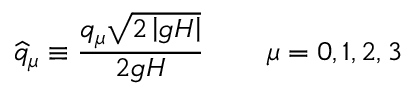
\widehat { q } _ { \mu } \equiv \frac { q _ { \mu } \sqrt { 2 \left| g H \right| } } { 2 g H } \, \qquad \mu = 0 , 1 , 2 , 3